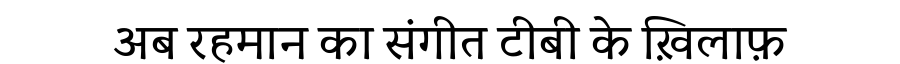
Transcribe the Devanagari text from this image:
अब रहमान का संगीत टीबी के ख़िलाफ़